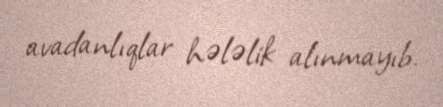
avadanlıqlar hələlik alınmayıb.